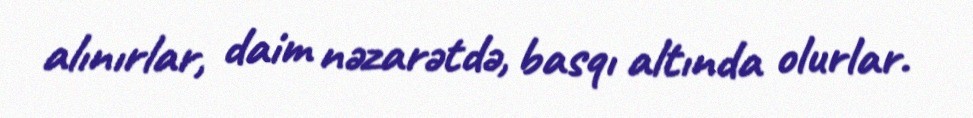
alınırlar, daim nəzarətdə, basqı altında olurlar.